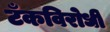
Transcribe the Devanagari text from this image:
टँकविरोधी